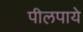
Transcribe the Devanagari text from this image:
पीलपाये